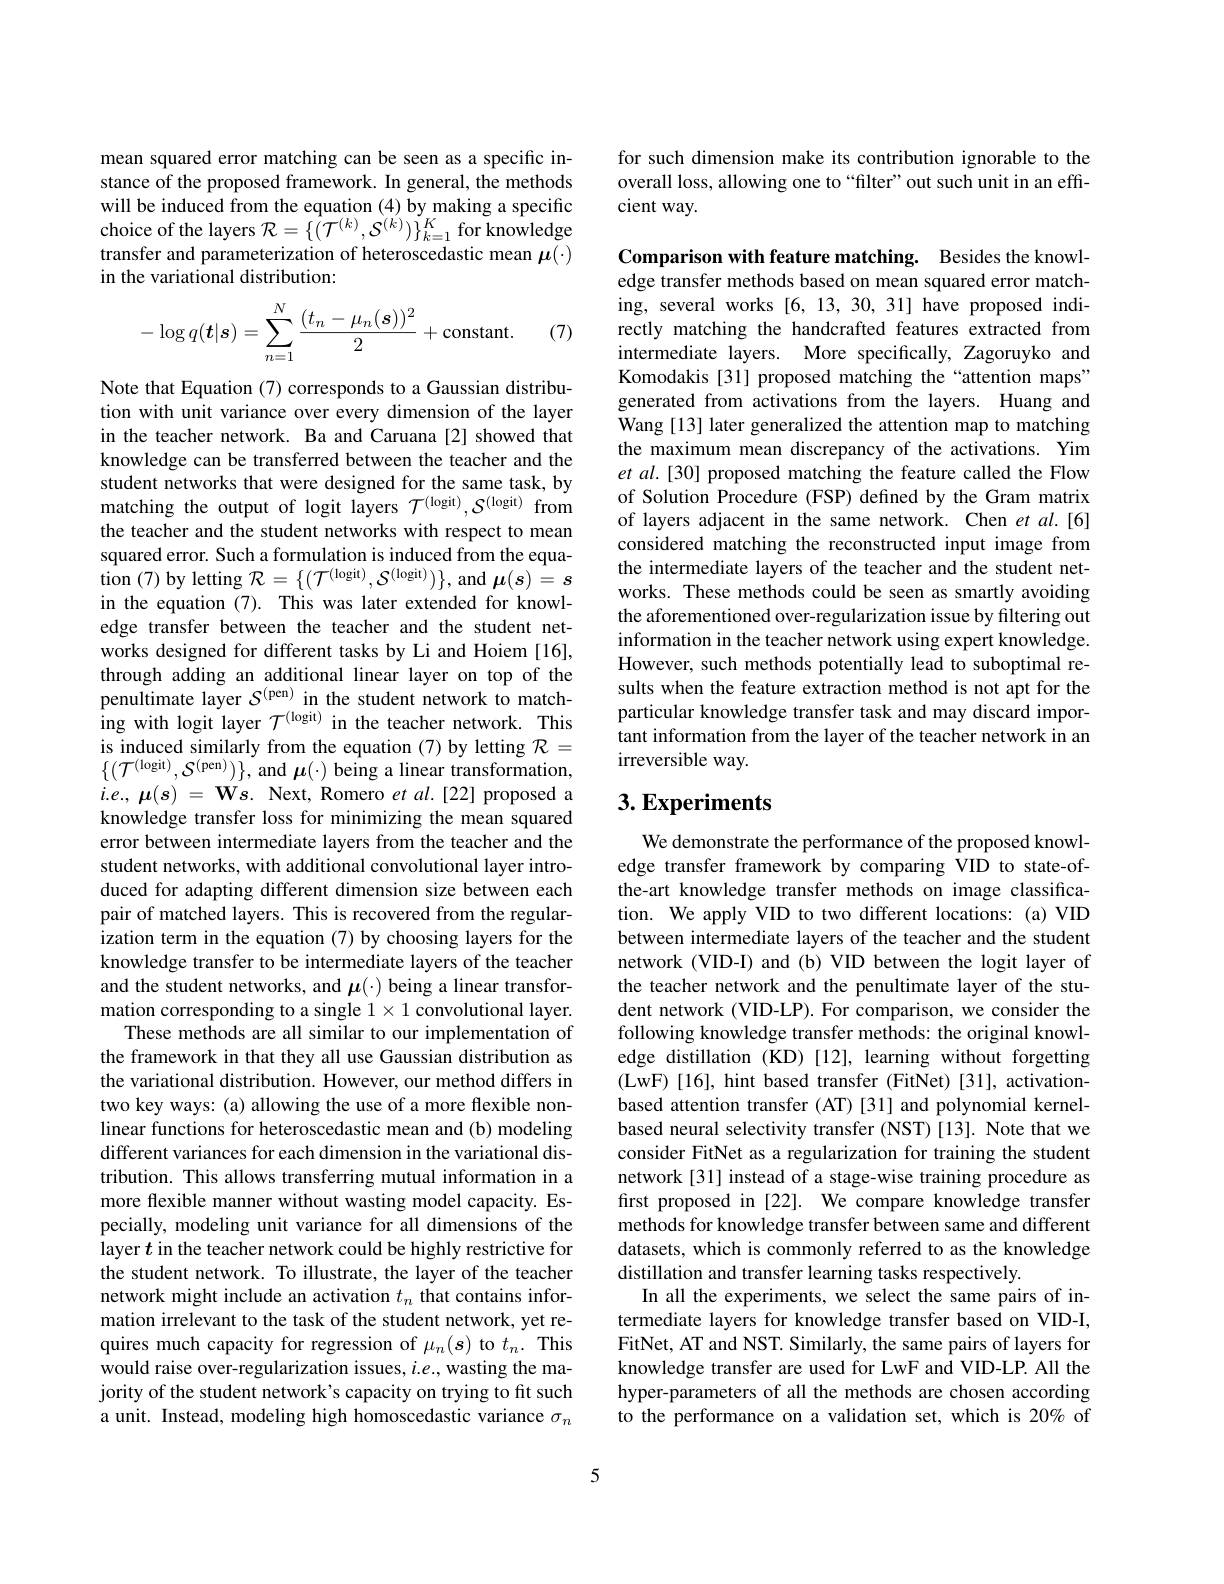
mean squared error matching can be seen as a specific instance of the proposed framework. In general, the methods will be induced from the equation (4) by making a specific choice of the layers $\mathcal{R}=\{(\mathcal{T}^{(k)},\mathcal{S}^{(k)})\}_{k=1}^K$ for knowledge transfer and parameterization of heteroscedastic mean $\mu(\cdot)$ in the variational distribution:
$$-\log q(\boldsymbol{t}|\boldsymbol{s})=\sum_{n=1}^N\frac{(t_n-\mu_n(\boldsymbol{s}))^2}{2}+\mathrm{constant}.$$
(7)

Note that Equation (7) corresponds to a Gaussian distribution with unit variance over every dimension of the layer in the teacher network. Ba and Caruana [2] showed that knowledge can be transferred between the teacher and the student networks that were designed for the same task, by matching the output of logit layers $\mathcal{T}^\mathrm{(logit)},\mathcal{S}^\mathrm{(logit)}$ from the teacher and the student networks with respect to mean squared error. Such a formulation is induced from the equa- $\hat{\text{tion }(7)}$by letting $\mathcal{R} = \{ ( \mathcal{T} ^($logit$) , \mathcal{S} ^{( \mathrm{logit}) }) \} $, and $\boldsymbol\mu(s)=\boldsymbol s$ in the equation (7). This was later extended for knowledge transfer between the teacher and the student networks designed for different tasks by Li and Hoiem [16], through adding an additional linear layer on top of the penultimate layer $\mathcal{S}^{(\mathrm{pen})}$ in the student network to matching with logit layer $\mathcal{T}^{(\mathrm{logit})}$ in the teacher network. This is induced similarly from the equation (7) by letting $\mathcal{R}=$ $\{(\mathcal{T}^{(\mathrm{logit})},\mathcal{S}^{(\mathrm{pen})})\}$, and $\boldsymbol\mu(\cdot)$ being a linear transformation, $i.e.,\mu(s)~=~\mathbf{W}s.~$Next, Romero $et~al.~[22]~$proposed a knowledge transfer loss for minimizing the mean squared error between intermediate layers from the teacher and the student networks, with additional convolutional layer introduced for adapting different dimension size between each pair of matched layers. This is recovered from the regularization term in the equation (7) by choosing layers for the knowledge transfer to be intermediate layers of the teacher and the student networks, and $\boldsymbol\mu(\cdot)$ being a linear transformation corresponding to a single $1\times1$ convolutional layer.
These methods are all similar to our implementation of the framework in that they all use Gaussian distribution as the variational distribution. However, our method differs in two key ways: (a) allowing the use of a more flexible nonlinear functions for heteroscedastic mean and (b) modeling different variances for each dimension in the variational distribution. This allows transferring mutual information in a more flexible manner without wasting model capacity. Especially, modeling unit variance for all dimensions of the layer $t$ in the teacher network could be highly restrictive for the student network. To illustrate, the layer of the teacher network might include an activation $t_n$ that contains information irrelevant to the task of the student network, yet requires much capacity for regression of $\mu_n(s)$ to $t_n.$ This would raise over-regularization issues, $i.e.$, wasting the majority of the student network's capacity on trying to fit such a unit. Instead, modeling high homoscedastic variance $\sigma_n$

for such dimension make its contribution ignorable to the overall loss, allowing one to“filter”out such unit in an efficient way.

Comparison with feature matching. Besides the knowledge transfer methods based on mean squared error matching, several works [6,13,30,31] have proposed indirectly matching the handcrafted features extracted from intermediate layers. More specifically, Zagoruyko and Komodakis [31] proposed matching the“attention maps” generated from activations from the layers. Huang and Wang [13] later generalized the attention map to matching the maximum mean discrepancy of the activations. Yim et al.[30] proposed matching the feature called the Flow of Solution Procedure (FSP) defined by the Gram matrix of layers adjacent in the same network. Chen et al.[6] considered matching the reconstructed input image from the intermediate layers of the teacher and the student networks. These methods could be seen as smartly avoiding the aforementioned over-regularization issue by filtering out information in the teacher network using expert knowledge. However, such methods potentially lead to suboptimal results when the feature extraction method is not apt for the particular knowledge transfer task and may discard important information from the layer of the teacher network in an irreversible way.

## $3. \textbf{Experiments}$

We demonstrate the performance of the proposed knowledge transfer framework by comparing VID to state-ofthe-art knowledge transfer methods on image classification. We apply VID to two different locations: (a) VID between intermediate layers of the teacher and the student network (VID-I) and (b) VID between the logit layer of the teacher network and the penultimate layer of the student network (VID-LP). For comparison, we consider the following knowledge transfer methods: the original knowledge distillation (KD)[12], learning without forgetting (LwF) [16], hint based transfer (FitNet) [31], activationbased attention transfer (AT)[31] and polynomial kernelbased neural selectivity transfer (NST)[13]. Note that we consider FitNet as a regularization for training the student network[31] instead of a stage-wise training procedure as first proposed in [22]. We compare knowledge transfer methods for knowledge transfer between same and different datasets, which is commonly referred to as the knowledge distillation and transfer learning tasks respectively.
In all the experiments, we select the same pairs of intermediate layers for knowledge transfer based on VID-I, FitNet, AT and NST. Similarly, the same pairs of layers for knowledge transfer are used for LwF and VID-LP. All the hyper-parameters of all the methods are chosen according to the performance on a validation set, which is 20% of

5